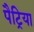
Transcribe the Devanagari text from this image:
पैट्रिया